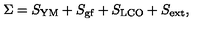
\Sigma = S _ { \mathrm { Y M } } + S _ { \mathrm { g f } } + S _ { \mathrm { L C O } } + S _ { \mathrm { e x t } } ,